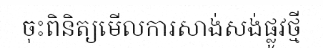
ចុះពិនិត្យមើលការសាង់សង់ផ្លូវថ្មី